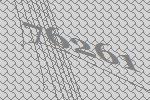
76261